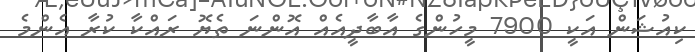
ކިއުޝަން އަކީ 7900 މީހުންގެ އާބާދީއެއް އޮންނަ ތެޔޮ ރައްކާ ކުރާ އެންމެ